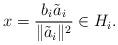
LaTeX: \begin{align*}x=\frac{b_i\tilde a_i}{\|\tilde a_i\|^2}\in H_i.\end{align*}